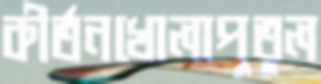
কীর্তনখোলাপুতুল